Insane asylums in Bengal annual reports 1867-1875 - 1867-1875
Year: 1867
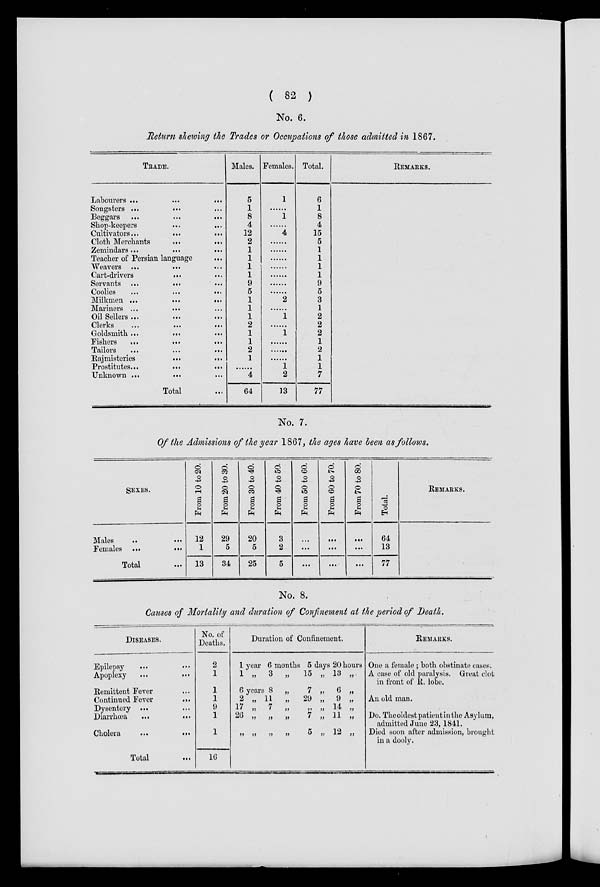
( 82 )
No. 6.
Return showing the Trades or Occupations of those admitted in 1867.
TRADE.
Labourers ...
...
...
Songsters ... ... ...
Beggars ...
...
...
Shop-keepers
...
...
Cultivators...
...
...
Cloth Merchants
...
...
Zemindars...
...
...
Teacher of Persian language ...
Weavers ...
... ...
Cart-drivers
... ...
Servants ...
... ...
Coolies
...
...
...
Milkmen ...
...
...
Mariners ...
... ...
Oil Sellers ...
...
...
Clerks ... ... ...
Goldsmith ...
...
...
Fishers
...
...
...
Tailors
...
...
...
Rajmisteries
...
...
Prostitutes...
...
...
Unknown ... ...
...
Total ...
Males.
5
1
8
4
12
2
1
1
1
1
9
5
1
1
1
2
1
1
2
1
......
4
64
Females.
1
......
1
......
4
......
......
......
......
......
......
......
2
......
1
......
1
......
......
......
1
2
13
Total.
6
1
8
4
15
5
1
1
1
1
9
5
3
1
2
2
2
1
2
1
1
7
77
REMARKS.
No. 7.
Of the Admissions of the year 1867, the ages have been as follows.
SEXES.
Males
...
...
Females ...
...
Total ...
From 10 to 20.
12
1
13
From 20 to 30.
29
5
34
From 30 to 40.
20
5
25
From 40 to 50.
3
2
5
From 50 to 60.
...
...
...
From 60 to 70.
...
...
...
From 70 to 80.
...
...
...
Total.
64
13
77
REMARKS.
No. 8.
Causes of Mortality and duration of Confinement at the period of Death.
DISEASES.
Epilepsy
...
...
Apoplexy
...
...
Remittent Fever ...
Continued Fever
...
Dysentery ... ...
Diarrhœa
...
...
Cholera
...
...
Total ...
No. of
Deaths.
2
1
1
1
9
1
1
16
Duration of Confinement.
1 year 6 months 5 days 20 hours
1 „ 3 „
15 „ 13 „
6 years 8 „
7 „ 6 „
2 „ 11 „
29 „ 9 „
17
„
7
„
„
„
14
„
26 „ „
„
7 „ 11 „
„ „ „ „ 5 „ 12 „
REMARKS.
One a female ; both obstinate cases.
A case of old paralysis. Great clot
in front of R. lobe.
An old man.
Do. The oldest patient in the Asylum,
admitted June 23, 1841.
Died soon after admission, brought
in a dooly.